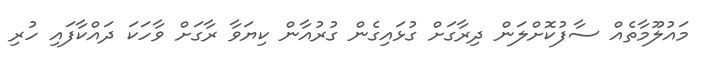
މައުލޫމާތެއް ސާފުކޮށްލަން ދިރާގަށް ގުޅައިގެން ގުރުއާން ކިޔަވާ ރާގަށް ވާހަކަ ދައްކާފައި ހުރި